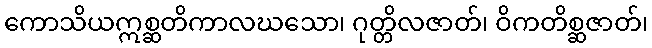
ကောသိယဣစ္ဆတိကာလဃသော၊ ဂုတ္တိလဇာတ်၊ ဝိကတိစ္ဆဇာတ်၊